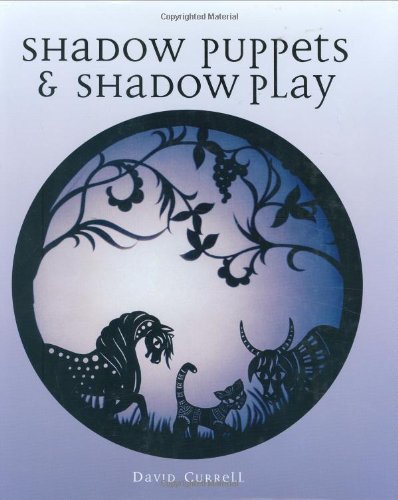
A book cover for Shadow Puppets & Shadow Play; David Currell; Crafts, Hobbies & Home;